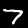
Label: 7